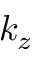
k _ { z }